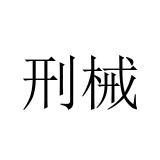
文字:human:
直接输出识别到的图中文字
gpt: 刑械